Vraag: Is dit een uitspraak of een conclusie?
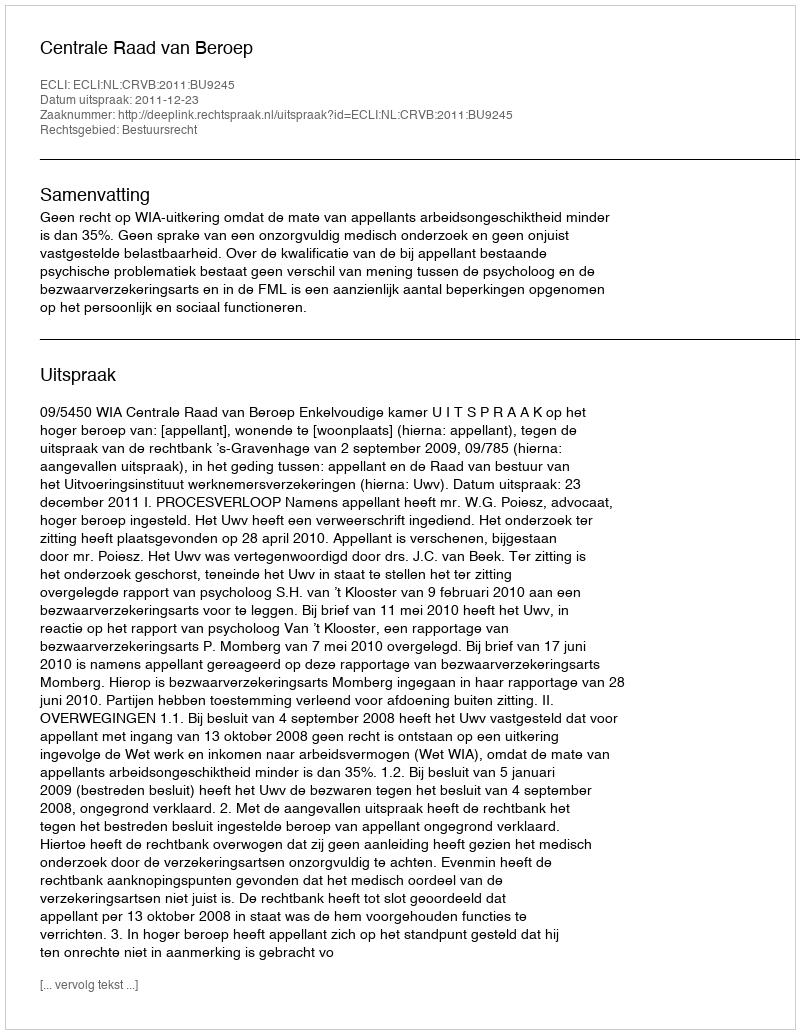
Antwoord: Uitspraak